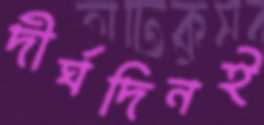
দীর্ঘদিনই